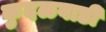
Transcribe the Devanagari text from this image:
कुदळवाडी